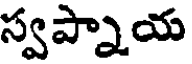
స్వప్నాయ